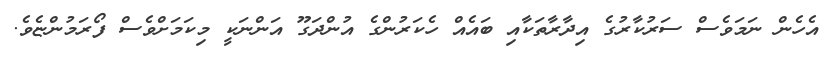
އެހެން ނަމަވެސް ސަރުކާރުގެ އިދާރާތަކާއި ބައެއް ހެކަރުންގެ އުންދަގޫ އަންނަކީ މިކަމަށްވެސް ފޯރަމުންޏެެވެ.